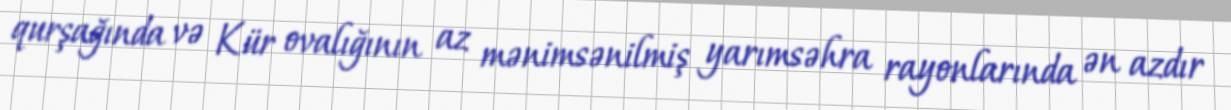
qurşağında və Kür ovalığının az mənimsənilmiş yarımsəhra rayonlarında ən azdır